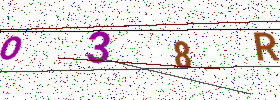
Text: O38R